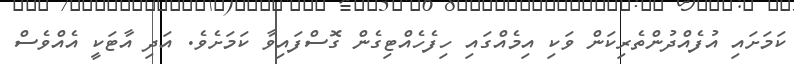
ކަމަށައި އުފެއްދުންތެރިކަން ވަކި އިމެއްގައި ހިފެހެއްޓިގެން ގޮސްފައިވާ ކަމަށެވެ. އަދި އާޓަކީ އެއްވެސް